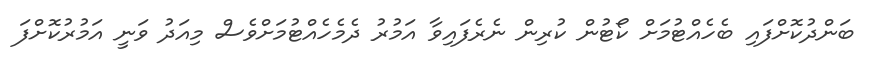
ބަންދުކޮށްފައި ބެހެއްޓުމަށް ކޯޓުން ކުރިން ނެރެފައިވާ އަމުރު ދެމެހެއްޓުމަށްވެސް މިއަދު ވަނީ އަމުރުކޮށްފަ